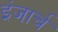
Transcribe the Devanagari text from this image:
इंजार्च